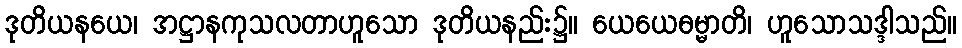
ဒုတိယနယေ၊ အဋ္ဌာနကုသလတာဟူသော ဒုတိယနည်း၌။ ယေယေဓမ္မာတိ၊ ဟူသောသဒ္ဒါသည်။